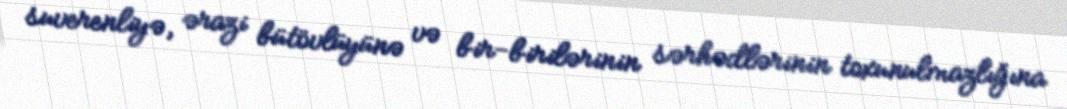
suverenliyə, ərazi bütövlüyünə və bir-birilərinin sərhədlərinin toxunulmazlığına